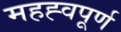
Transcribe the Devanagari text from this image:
महह्वपूर्ण